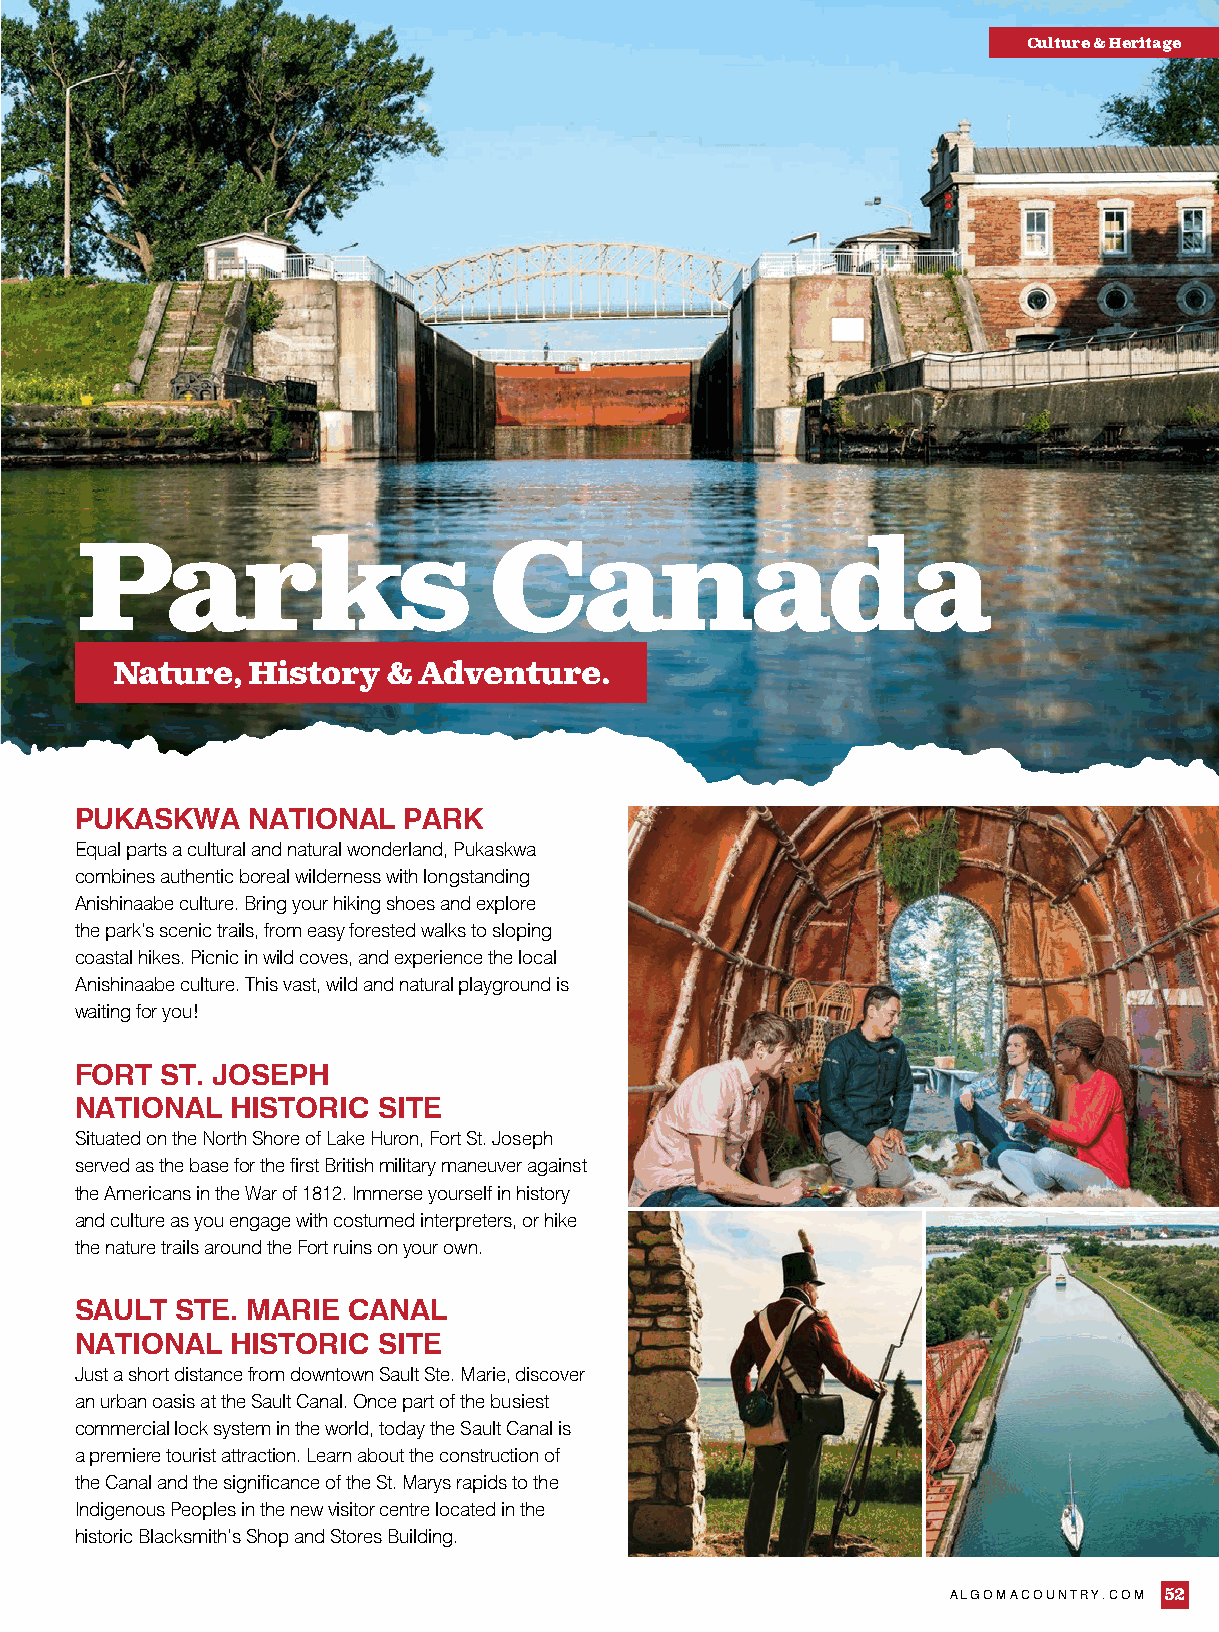
Culture & Heritage
 Parks                      Canada
 Nature,  History   & Adventure.
 PUKASKWA   NATIONAL   PARK
 Equal parts a cultural and natural wonderland, Pukaskwa
 combines authentic boreal wilderness with longstanding
 Anishinaabe culture. Bring your hiking shoes and explore
 the park’s scenic trails, from easy forested walks to sloping
 coastal hikes. Picnic in wild coves, and experience the local
 Anishinaabe culture. This vast, wild and natural playground is
 waiting for you!
 FORT  ST. JOSEPH
 NATIONAL  HISTORIC  SITE
 Situated on the North Shore of Lake Huron, Fort St. Joseph
 served as the base for the first British military maneuver against
 the Americans in the War of 1812. Immerse yourself in history
 and culture as you engage with costumed interpreters, or hike
 the nature trails around the Fort ruins on your own.
 SAULT  STE. MARIE CANAL
 NATIONAL  HISTORIC  SITE
 Just a short distance from downtown Sault Ste. Marie, discover
 an urban oasis at the Sault Canal. Once part of the busiest
 commercial lock system in the world, today the Sault Canal is
 a premiere tourist attraction. Learn about the construction of
 the Canal and the significance of the St. Marys rapids to the
 Indigenous Peoples in the new visitor centre located in the
 historic Blacksmith’s Shop and Stores Building.
 ALGOMACOUNTRY.COM 52